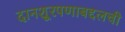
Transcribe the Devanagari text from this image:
दानशूरपणाबद्दलची